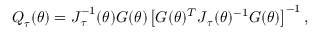
\boldsymbol { Q } _ { \boldsymbol { \tau } } ( \boldsymbol { \theta } ) = \boldsymbol { J } _ { \boldsymbol { \tau } } ^ { - 1 } ( \boldsymbol { \theta } ) \boldsymbol { G } ( \boldsymbol { \theta } ) \left[ \boldsymbol { G } ( \boldsymbol { \theta } ) ^ { T } \boldsymbol { J } _ { \boldsymbol { \tau } } ( \boldsymbol { \theta } ) ^ { - 1 } \boldsymbol { G } ( \boldsymbol { \theta } ) \right] ^ { - 1 } ,